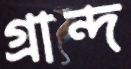
গ্রান্দ